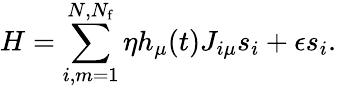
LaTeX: H=\sum_{i,m=1}^{N,N_{\mathrm{f}}}\eta h_{\mu}(t)J_{i\mu}s_{i}+\epsilon s_{i}.